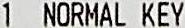
1 NORMAL KEY